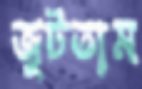
জুটতাম